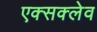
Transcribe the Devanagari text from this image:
एक्सक्लेव